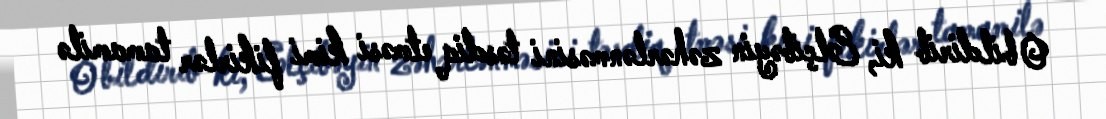
O bildirib ki, Elçibəyin zəhərlənməsini təsdiq etməsi kimi fikirlər tamamilə